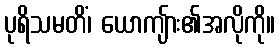
ပုရိသမတိံ၊ ယောကျ်ား၏အလိုကို။